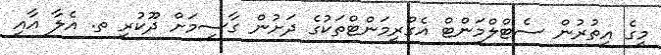
މީގެ އިތުރުން ސެޓްލްމަންޓް އެގްރީމަންޓްތަކުގެ ދަށުން ގާސިމަށް ދޫކުރި ތ. އެލާ އާއި